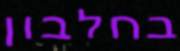
בחלבון